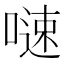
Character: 𠻣